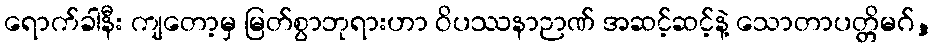
ရောက်ခါနီး ကျတော့မှ မြတ်စွာဘုရားဟာ ဝိပဿနာဉာဏ် အဆင့်ဆင့်နဲ့ သောတာပတ္တိမဂ်,